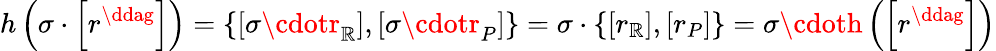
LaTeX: h\left(\sigma\cdot\left[r^{\ddag}\right]\right)=\left\{ \left[\sigma\cdotr_{\mathbb{R}}\right],\left[\sigma\cdotr_{P}\right]\right\} =\sigma\cdot\left\{ \left[r_{\mathbb{R}}\right],\left[r_{P}\right]\right\} =\sigma\cdoth\left(\left[r^{\ddag}\right]\right)